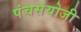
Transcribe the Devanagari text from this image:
पंचसंयोजी